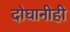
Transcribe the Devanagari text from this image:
दोघानीही